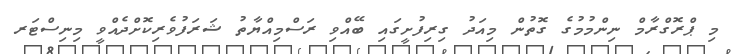
މި ޕްރޮގްރާމް ނިންމުމުގެ ގޮތުން މިއަދު ގިރިފުށީގައި ބޭއްވި ރަސްމިއްޔާތު ޝަރަފުވެރިކޮށްދެއްވީ މިނިސްޓަރ